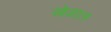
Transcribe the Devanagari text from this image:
खेळाल